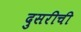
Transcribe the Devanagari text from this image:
दुसरीची